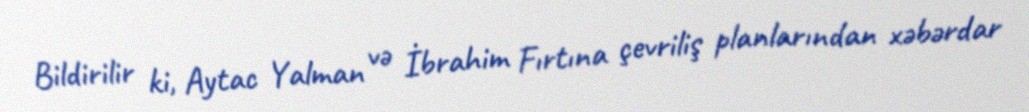
Bildirilir ki, Aytac Yalman və İbrahim Fırtına çevriliş planlarından xəbərdar